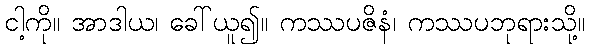
ငါ့ကို။ အာဒါယ၊ ခေါ်ယူ၍။ ကဿပဇိနံ၊ ကဿပဘုရားသို့။